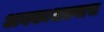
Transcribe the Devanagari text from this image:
अवकाशप्रवास